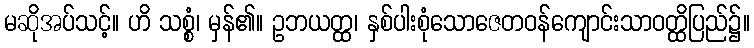
မဆိုအပ်သင့်။ ဟိ သစ္စံ၊ မှန်၏။ ဥဘယတ္ထ၊ နှစ်ပါးစုံသောဇေတဝန်ကျောင်းသာဝတ္ထိပြည်၌။